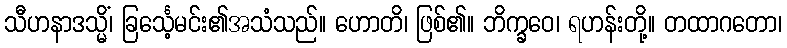
သီဟနာဒသ္မိံ၊ ခြင်္သေ့မင်း၏အသံသည်။ ဟောတိ၊ ဖြစ်၏။ ဘိက္ခဝေ၊ ရဟန်းတို့။ တထာဂတော၊